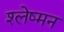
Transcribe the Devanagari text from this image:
श्‍लेष्‍मन